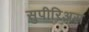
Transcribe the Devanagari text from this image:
सुपीरिअस